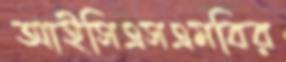
আইসিএসএমবির